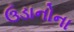
ઉડાનોના